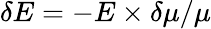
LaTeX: \delta E=-E\times\delta\mu/\mu